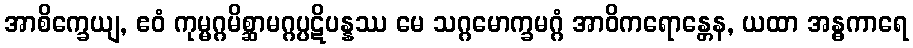
အာစိက္ခေယျ, ဧဝံ ကုမ္မဂ္ဂမိစ္ဆာမဂ္ဂပ္ပဋိပန္နဿ မေ သဂ္ဂမောက္ခမဂ္ဂံ အာဝိကရောန္တေန, ယထာ အန္ဓကာရေ